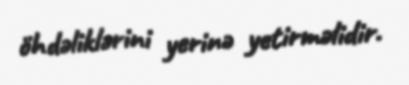
öhdəliklərini yerinə yetirməlidir.